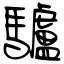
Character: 驢